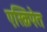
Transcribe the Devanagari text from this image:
एस्क्रिपेत